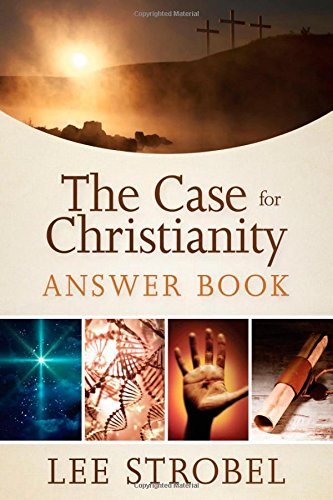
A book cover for The Case for Christianity Answer Book; Lee Strobel; Christian Books & Bibles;